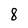
Character: 8